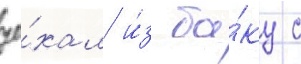
уе́хал и́з ба́ку с